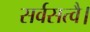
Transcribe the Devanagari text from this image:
सर्वसत्वै।